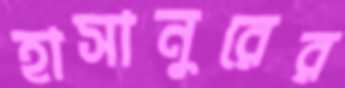
হাসানুরের